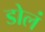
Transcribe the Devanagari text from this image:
डोलं